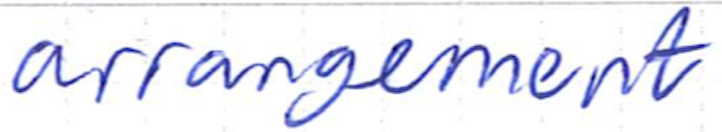
Text: arrangement
Cross-out: clean
Writing tool: ballpoint